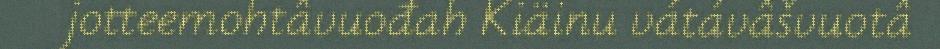
jotteemohtâvuođah Kiäinu vátávâšvuotâ